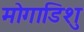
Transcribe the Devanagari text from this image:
मोगाडिशु